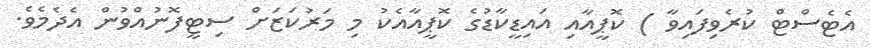
އެޓެސްޓް ކުރެވިފައިވާ ) ކޮޕީއާއި އައިޑީކާޑުގެ ކޮޕީއާއެކު މި މަރުކަޒަށް ސިޓީފޮނުއްވުން އެދެމެވެ.